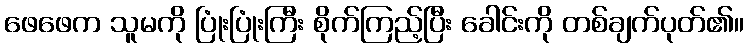
ဖေဖေက သူမကို ပြုံးပြုံးကြီး စိုက်ကြည့်ပြီး ခေါင်းကို တစ်ချက်ပုတ်၏။